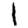
Digit: 1